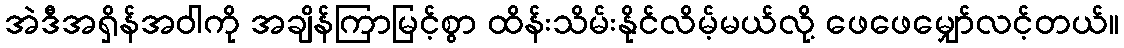
အဲဒီအရှိန်အဝါကို အချိန်ကြာမြင့်စွာ ထိန်းသိမ်းနိုင်လိမ့်မယ်လို့ ဖေဖေမျှော်လင့်တယ်။